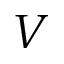
\boldsymbol { V }